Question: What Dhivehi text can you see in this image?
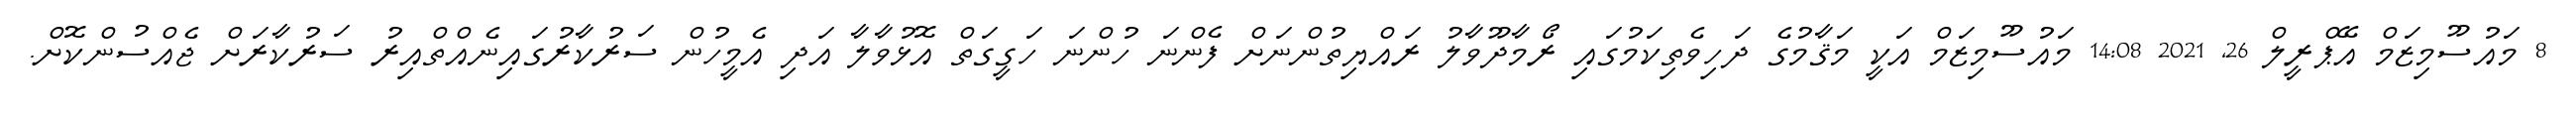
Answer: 8 މައުސޫމިޒަމް އޭޕްރީލް 26, 2021 14:08 މައުސޫމިޒަމް އަކީ މަޤާމުގެ ދަހިވެތިކަމުގައި ރޯމާދޫވާލު ރައްޔިތުންނަށް ފެންނަ ހުންނަ ހަގީގަތް އޮޅުވާލާ އަދި އެމީހުން ސަރުކާރުގައިނެއްތްއިރު ސަރުކާރަށް ޖެއްސުންކޮށް.